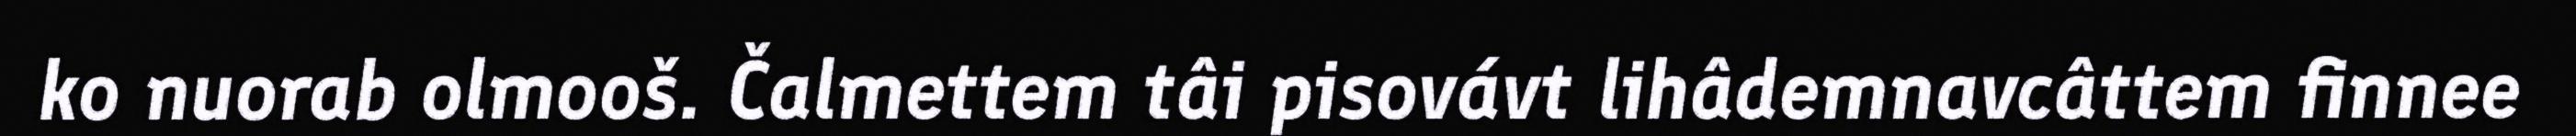
ko nuorab olmooš. Čalmettem tâi pisovávt lihâdemnavcâttem finnee